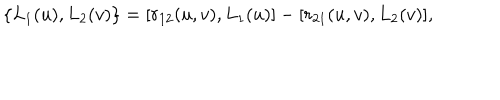
\{ L _ { 1 } ( u ) , L _ { 2 } ( v ) \} = [ r _ { 1 2 } ( u , v ) , L _ { 1 } ( u ) ] - [ r _ { 2 1 } ( u , v ) , L _ { 2 } ( v ) ] ,